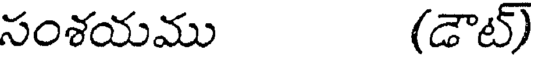
సంశయము (డౌట్)